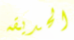
الحديقه